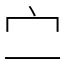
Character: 㝉